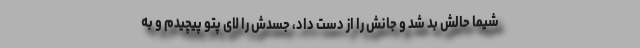
شیما حالش بد شد و جانش را از دست داد، جسدش را لای پتو پیچیدم و به